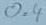
Text: 0.4